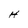
Character: H